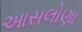
આસલોણા